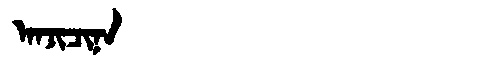
Manchu: ᠠᠨᠵᡳᠴᡳᠨᠠ
Romanization: ANJICINA